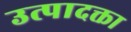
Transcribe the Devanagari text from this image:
उत्पादक्ता